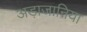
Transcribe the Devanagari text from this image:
अड़ाजानिया